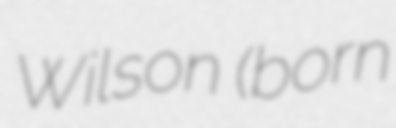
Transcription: Wilson (born